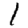
Digit: 1